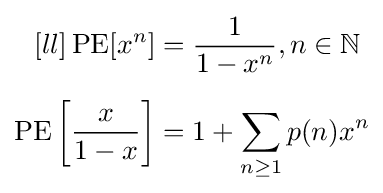
{\begin{aligned}[ll]\operatorname {PE} [x^{n}]&={\frac {1}{1-x^{n}}},n\in \mathbb {N} \\[5pt]\operatorname {PE} \left[{\frac {x}{1-x}}\right]&=1+\sum _{n\geq 1}p(n)x^{n}\end{aligned}}